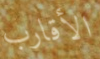
الأقارب